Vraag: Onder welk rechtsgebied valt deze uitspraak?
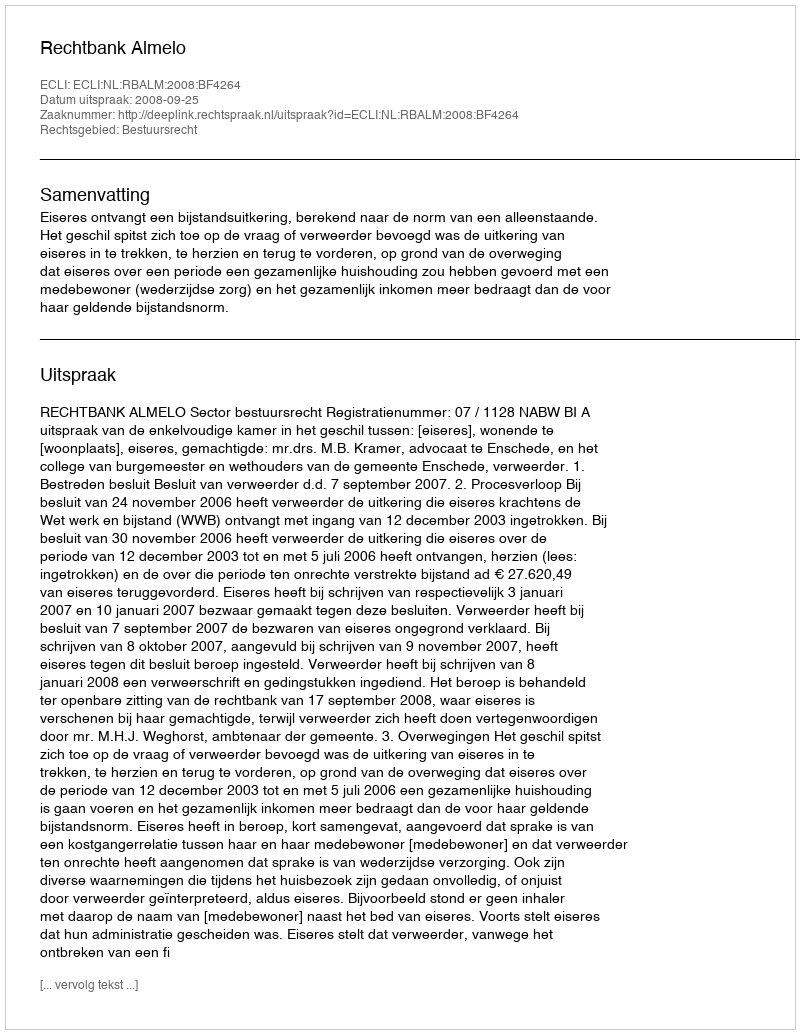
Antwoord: Bestuursrecht